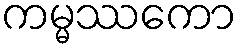
ကမ္မဿကော